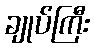
ချုပ်ကြီး